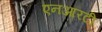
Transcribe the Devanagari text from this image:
एनआरटी